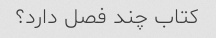
کتاب چند فصل دارد؟